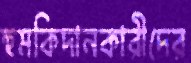
হুমকিদানকারীদের